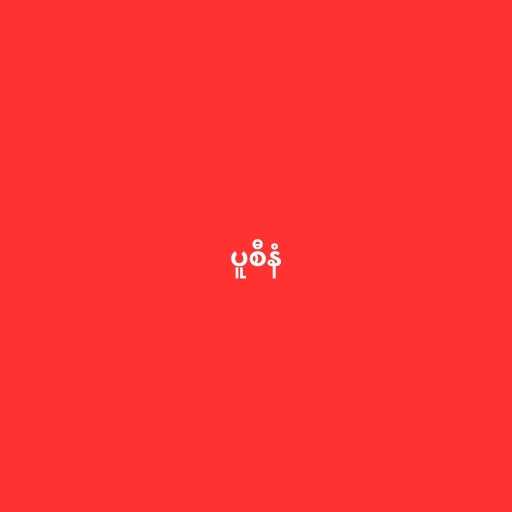
ပူစီနံ